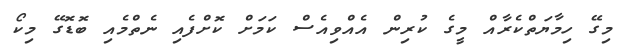
މިގޭ ހިމާޔަތްކެރާއް މީގެ ކުރިން އެއްވިއެސް ކަމަށް ކޮށްފެއި ނެތްމެއި ބޮޑޮގޭ މިކޯ